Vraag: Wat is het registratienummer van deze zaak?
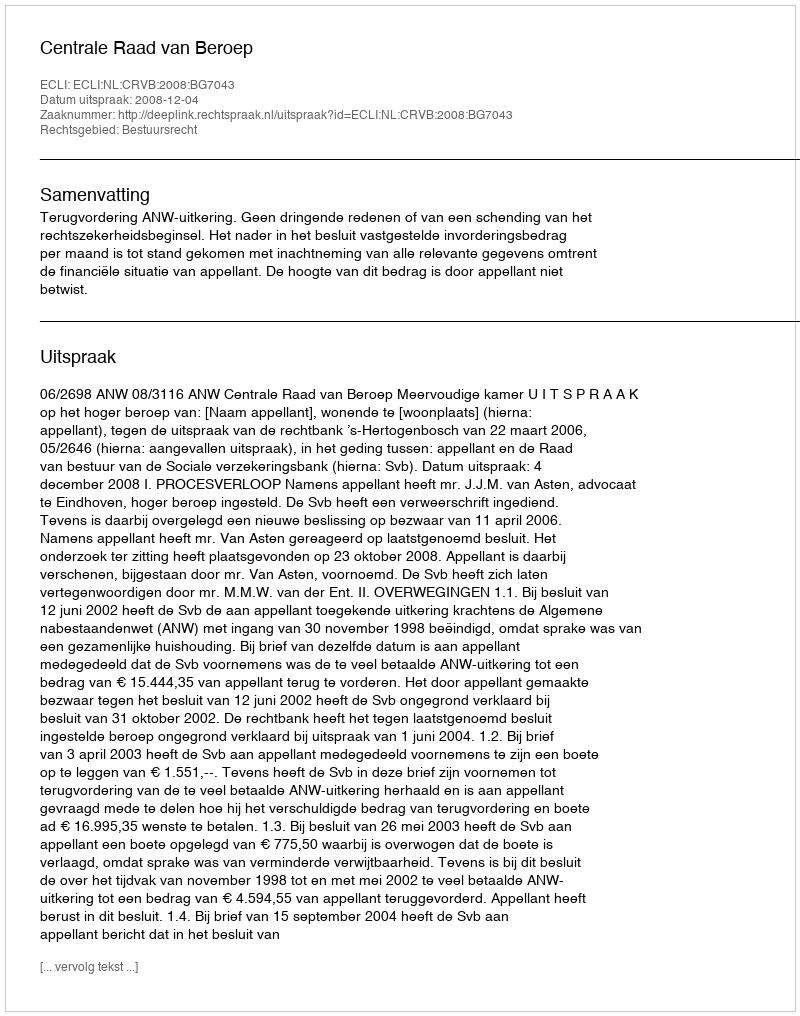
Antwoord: http://deeplink.rechtspraak.nl/uitspraak?id=ECLI:NL:CRVB:2008:BG7043